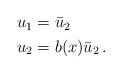
LaTeX: \begin{align*} \begin{aligned} u_1&=\bar{u}_2\\ u_2&=b(x)\bar{u}_2\,. \end{aligned} \end{align*}